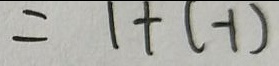
= 1 + ( - 1 )